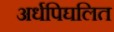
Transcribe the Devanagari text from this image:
अर्धपिघलित